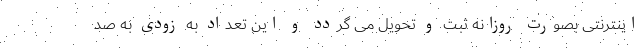
اینترنتی بصورت روزانه ثبت و تحویل می گردد و این تعداد به زودی به صد